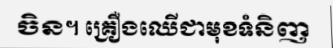
ចិន។ គ្រឿងឈើជាមុខទំនិញ